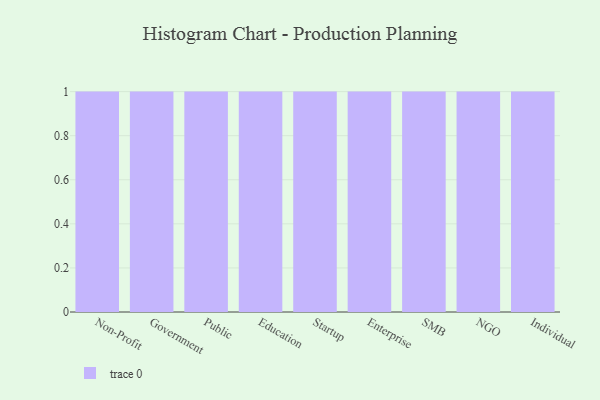
{"axis": {"x": "Segment", "y": "Demand Index"}, "legend": [""], "data": [{"x": "Non-Profit", "y": 93, "type": ""}, {"x": "Government", "y": 21, "type": ""}, {"x": "Public", "y": 23, "type": ""}, {"x": "Education", "y": 22, "type": ""}, {"x": "Startup", "y": 46, "type": ""}, {"x": "Enterprise", "y": 82, "type": ""}, {"x": "SMB", "y": 95, "type": ""}, {"x": "NGO", "y": 100, "type": ""}, {"x": "Individual", "y": 54, "type": ""}]}